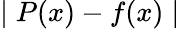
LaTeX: \mid P(x)-f(x)\mid